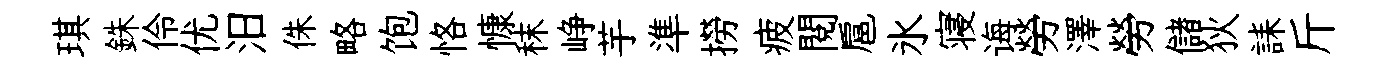
琪銖伶优汨侏略饱恪慷秣峥芋準撈疲閱扈氷寝诲勞澤勞儲狄誄斤